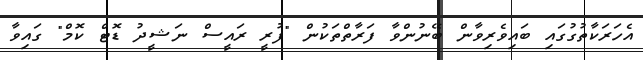
އެހަރަކާތުގުގައި ބައިވެރިވާން ބޭނުންވާ ފަރާތްތަކުން "ފުރީ ރައީސް ނަޝީދު ޑޮޓް ކޮމް" ގައިވާ